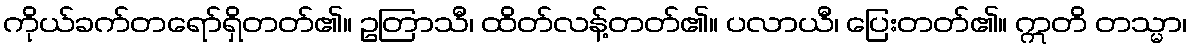
ကိုယ်ခက်တရော်ရှိတတ်၏။ ဥတြာသီ၊ ထိတ်လန့်တတ်၏။ ပလာယီ၊ ပြေးတတ်၏။ ဣတိ တသ္မာ၊